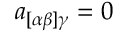
a _ { [ \alpha \beta ] \gamma } = 0